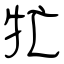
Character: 牤